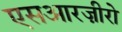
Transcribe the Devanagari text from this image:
एसआरज़ीरो